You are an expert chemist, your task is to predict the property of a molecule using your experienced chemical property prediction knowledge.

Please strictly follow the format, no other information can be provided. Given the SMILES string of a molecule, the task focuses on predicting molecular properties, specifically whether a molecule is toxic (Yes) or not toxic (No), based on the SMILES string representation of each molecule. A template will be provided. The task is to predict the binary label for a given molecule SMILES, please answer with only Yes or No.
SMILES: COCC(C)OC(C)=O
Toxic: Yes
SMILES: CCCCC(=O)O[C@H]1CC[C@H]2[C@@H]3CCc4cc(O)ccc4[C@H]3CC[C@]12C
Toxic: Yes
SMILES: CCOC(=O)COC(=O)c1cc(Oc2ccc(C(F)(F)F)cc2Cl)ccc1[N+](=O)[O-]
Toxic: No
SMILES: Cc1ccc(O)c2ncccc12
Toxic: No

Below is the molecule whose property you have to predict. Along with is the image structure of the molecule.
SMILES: CCNC(C)Cc1cccc(C(F)(F)F)c1
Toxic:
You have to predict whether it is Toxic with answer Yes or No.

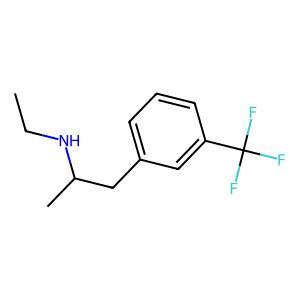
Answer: No